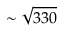
\sim \sqrt { 3 3 0 }